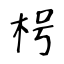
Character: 枵